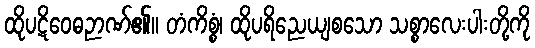
ထိုပဋိဝေဓဉာဏ်၏။ တံကိစ္စံ၊ ထိုပရိညေယျစသော သစ္စာလေးပါးတို့ကို